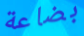
بضاعة